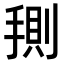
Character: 𭡤